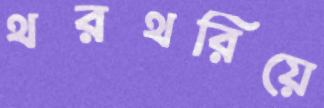
থরথরিয়ে